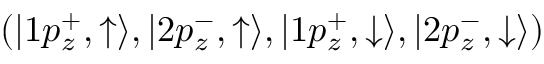
( | 1 p _ { z } ^ { + } , \uparrow \rangle , | 2 p _ { z } ^ { - } , \uparrow \rangle , | 1 p _ { z } ^ { + } , \downarrow \rangle , | 2 p _ { z } ^ { - } , \downarrow \rangle )